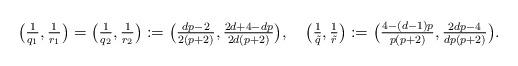
LaTeX: \begin{align*}\bigl(\tfrac1{q_1},\tfrac1{r_1} \bigr) = \bigl(\tfrac1{q_2},\tfrac1{r_2} \bigr) := \bigl(\tfrac{dp-2}{2(p+2)}, \tfrac{2d+4-dp}{2d(p+2)} \bigr),\quad\bigl( \tfrac1{\tilde{q}}, \tfrac1{\tilde{r}} \bigr):=\bigl(\tfrac{4-(d-1)p}{p(p+2)}, \tfrac{2dp-4}{dp(p+2)}\bigr).\end{align*}